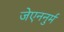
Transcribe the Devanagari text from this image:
जेएननुर्म